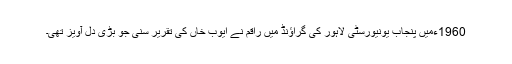
1960ءمیں پنجاب یونیورسٹی لاہور کی گراﺅنڈ میں راقم نے ایوب خاں کی تقریر سنی جو بڑی دل آویز تھی۔